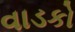
વાડકો